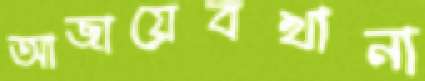
আজায়েবখানা